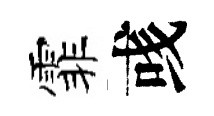
霏彧